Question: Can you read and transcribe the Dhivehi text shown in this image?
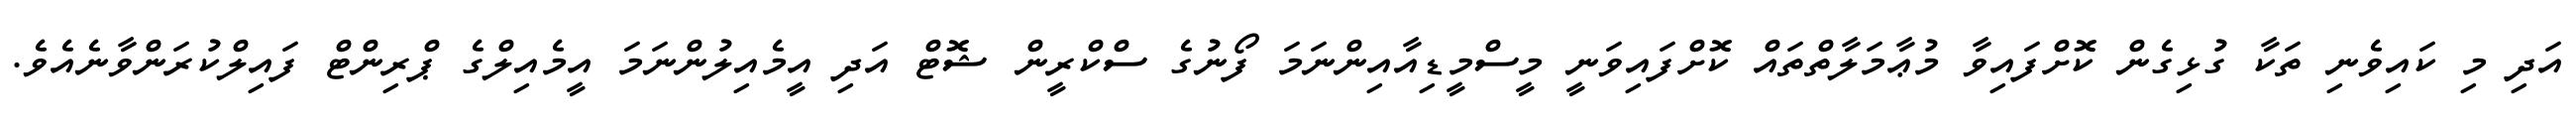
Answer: އަދި މި ކައިވެނި ތަކާ ގުޅިގެން ކޮށްފައިވާ މުޢާމަލާތްތައް ކޮށްފައިވަނީ މީސްމީޑިއާއިންނަމަ ފޯނުގެ ސްކްރީން ޝޮޓް އަދި އީމެއިލުންނަމަ އީމެއިލްގެ ޕްރިންޓް ފައިލްކުރަންވާނެއެވެ.